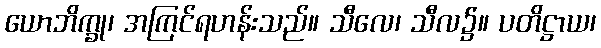
ယောဘိက္ခု၊ အကြင်ရဟန်းသည်။ သီလေ၊ သီလ၌။ ပတိဋ္ဌာယ၊